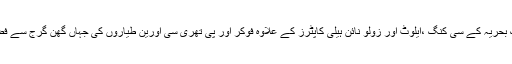
فضاؤں میں پاک بحریہ کے سی کنگ ،ایلوٹ اور زولو نائن ہیلی کاپٹرز کے علاوہ فوکر اور پی تھری سی اورین طیاروں کی جہاں گھن گرج سے فضا گونجتی رہی۔